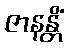
ဇာနန္တိံ